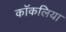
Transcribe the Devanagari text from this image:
कॉकलिया